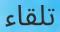
تلقاء